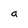
Character: a